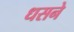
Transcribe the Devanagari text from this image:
धसने